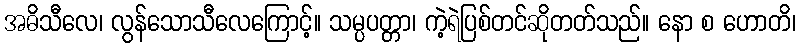
အဓိသီလေ၊ လွန်သောသီလေကြောင့်။ သမ္ပပတ္တာ၊ ကဲ့ရဲပြစ်တင်ဆိုတတ်သည်။ နော စ ဟောတိ၊